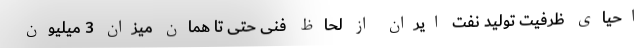
احیای ظرفیت تولید نفت ایران از لحاظ فنی حتی تا همان میزان 3 میلیون